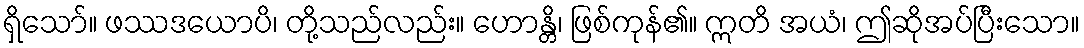
ရှိသော်။ ဖဿဒယောပိ၊ တို့သည်လည်း။ ဟောန္တိ၊ ဖြစ်ကုန်၏။ ဣတိ အယံ၊ ဤဆိုအပ်ပြီးသော။